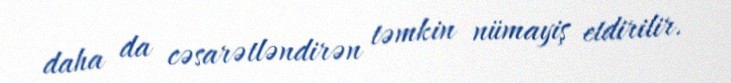
daha da cəsarətləndirən təmkin nümayiş etdirilir.